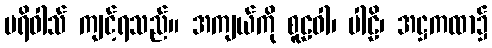
ပရိဝါသ် ကျင့်ရသည်။ အကျယ်ကို စူဠဝါ၊ ပါဠိ၊ အဋ္ဌကထာ၌